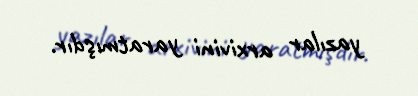
yazılar arxivini yaratmışdır.